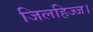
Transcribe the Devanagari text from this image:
जिलहिज्ज।